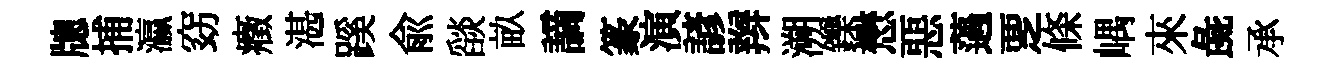
牕捕瀛窈癥湛蹊兪𦦨畝謫篆演諺辫溯鑠懋惡薖覂條嵎來彘承